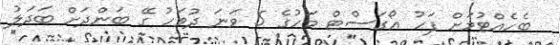
ބެހެއްޓުމަށް ފަހު އޯގަސްޓް މަހުގެ 5 ވަނަ ދުވަހު ގޭ ބަންދަށް ބަދަލު